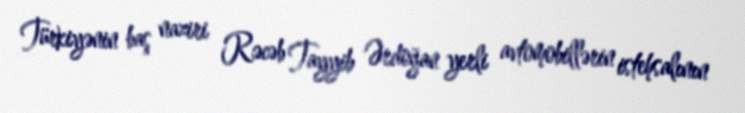
Türkiyənin baş naziri Rəcəb Tayyib Ərdoğan yerli avtomobillərin istehsalının